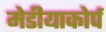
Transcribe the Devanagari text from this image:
मेडीयाकोर्प